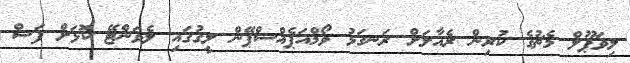
ލިވަޕޫލް މެޗުގެ ކުރިން ރެއާލަށް ރަނގަޅު ވޯމްއަޕެއްސްޕޭން ލީގުގައި ލެވަންޓޭ ކޮޅަށް ފަސް